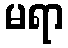
မရာ